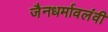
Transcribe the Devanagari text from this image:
जैनधर्मावलंवी